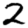
Digit: 2